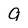
Character: g